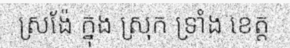
ស្រង៉ែ ក្នុង ស្រុក ទ្រាំង ខេត្ត